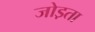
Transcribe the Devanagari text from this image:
जोड़ता